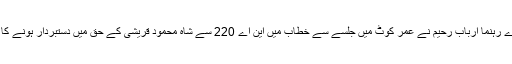
جی ڈے اے رہنما ارباب رحیم نے عمر کوٹ میں جلسے سے خطاب میں این اے 220 سے شاہ محمود قریشی کے حق میں دستبردار ہونے کا اعلان کیا۔